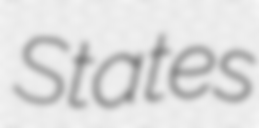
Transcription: States